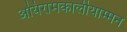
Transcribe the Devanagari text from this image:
अयिरामकालीयाम्मन